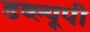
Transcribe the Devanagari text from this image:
डब्ल्यूपी